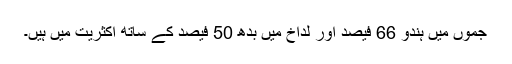
جموں میں ہندو 66 فیصد اور لداخ میں بدھ 50 فیصد کے ساتھ اکثریت میں ہیں۔